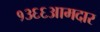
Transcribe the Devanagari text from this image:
१३६६आमदार